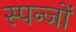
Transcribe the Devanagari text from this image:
स्पन्जों